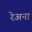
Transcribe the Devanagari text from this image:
रेअना